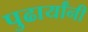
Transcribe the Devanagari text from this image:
पुढार्यांनी